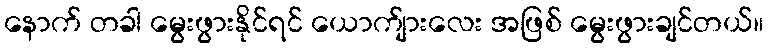
နောက် တခါ မွေးဖွားနိုင်ရင် ယောက်ျားလေး အဖြစ် မွေးဖွားချင်တယ်။